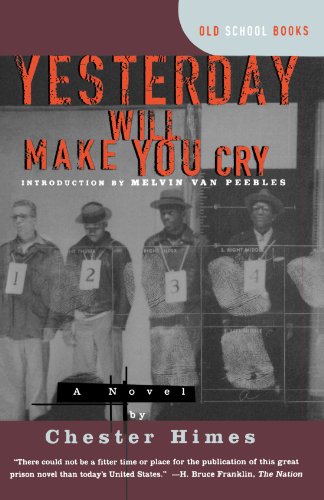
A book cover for Yesterday Will Make You Cry [a Novel]; Chester B. Himes; Literature & Fiction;